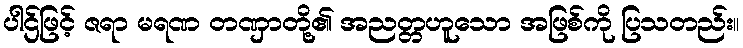
ပါဌ်ဖြင့် ဇရာ မရဏ တဏှာတို့၏ အညတ္တဟူသော အဖြစ်ကို ပြသတည်း။